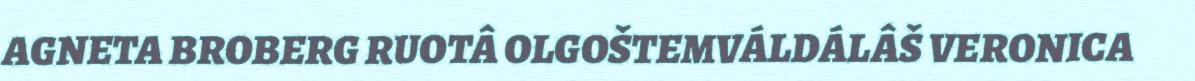
AGNETA BROBERG RUOTÂ OLGOŠTEMVÁLDÁLÂŠ VERONICA